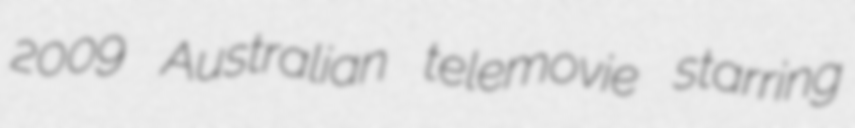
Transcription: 2009 Australian telemovie starring